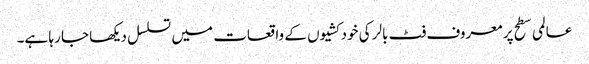
عالمی سطح پر معروف فٹ بالر کی خودکشیوں کے واقعات میں تسلسل دیکھا جا رہا ہے۔